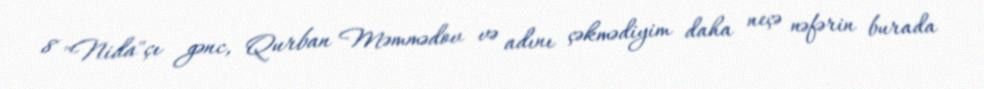
8 "Nida"çı gənc, Qurban Məmmədov və adını çəkmədiyim daha neçə nəfərin burada